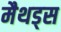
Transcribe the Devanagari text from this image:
मैथड्स